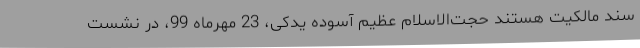
سند مالکیت هستند حجت‌الاسلام عظیم آسوده یدکی، 23 مهرماه 99، در نشست